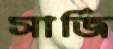
সার্জি